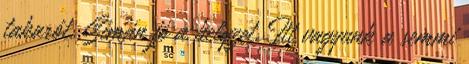
takarót. Simán jó a helyzet. Itt vagyunk a semmi